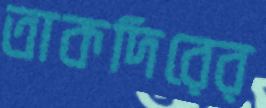
তাকদিরের